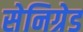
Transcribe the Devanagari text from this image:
सेनिग्रेड